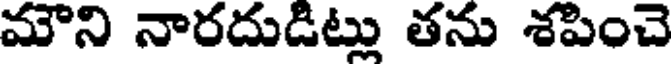
మౌని నారదుడిట్లు తను శపించె